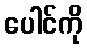
ပေါင်ကို